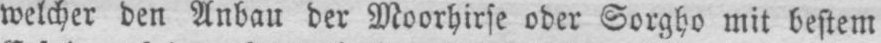
welcher den Anbau der Moorhirse oder Sorgho mit bestem